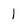
Character: 1